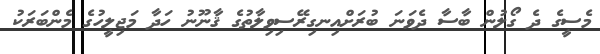
މެސީގެ ދެ ގޯލުން ބާސާ ދެވަނަ ބުރަށްއިނގިރޭސިވިލާތުގެ ޤާނޫނު ހަދާ މަޖިލީހުގެ މެންބަރަކު